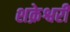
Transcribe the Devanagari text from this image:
शक्रेश्वरी